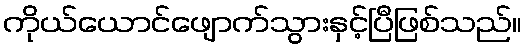
ကိုယ်ယောင်ဖျောက်သွားနှင့်ပြီဖြစ်သည်။